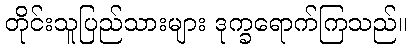
တိုင်းသူပြည်သားများ ဒုက္ခရောက်ကြသည်။